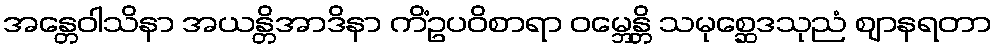
အန္တေဝါသိနာ အယန္တိအာဒိနာ ကိံဥပဝိစာရာ ဝမ္ဘေန္တိ သမုစ္ဆေဒသုညံ ဈာနရတာ